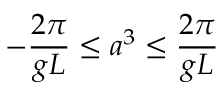
- \frac { 2 \pi } { g L } \leq a ^ { 3 } \leq \frac { 2 \pi } { g L }